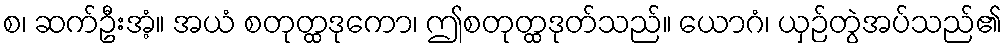
စ၊ ဆက်ဦးအံ့။ အယံ စတုတ္ထဒုကော၊ ဤစတုတ္ထဒုတ်သည်။ ယောဂံ၊ ယှဉ်တွဲအပ်သည်၏